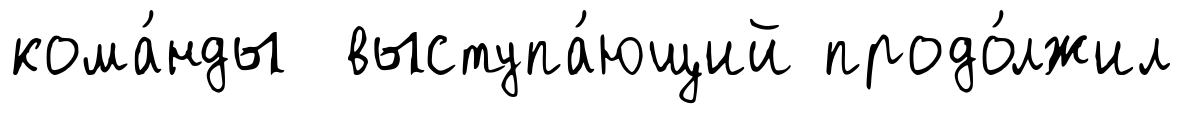
кома́нды выступа́ющий продо́лжил